Scottish Leaving Certificate Examination, 1951
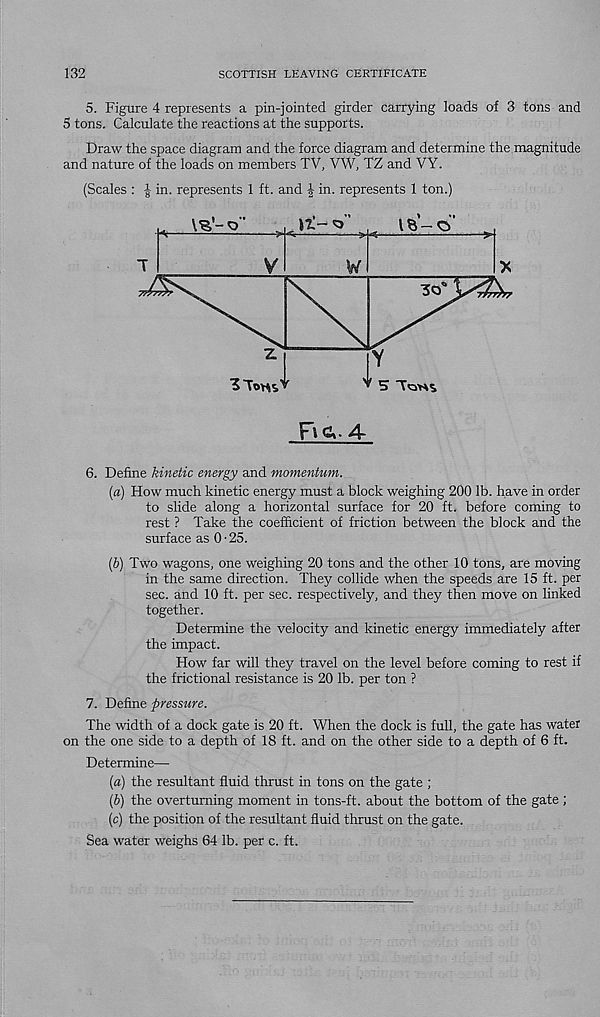
132
SCOTTISH LEAVING CERTIFICATE
5. Figure 4 represents a pin-jointed girder carrying loads of 3 tons and
5 tons. Calculate the reactions at the supports.
Draw the space diagram and the force diagram and determine the magnitude
and nature of the loads on members TV, VW, TZ and VY.
(Scales : ^ in. represents 1 ft. and | in. represents 1 ton.)
6. Define kinetic energy and momentum.
(a) How much kinetic energy must a block weighing 200 lb. have in order
to slide along a horizontal surface for 20 ft. before coming to
rest ? Take the coefficient of friction between the block and the
surface as 0-25.
(5) Two wagons, one weighing 20 tons and the other 10 tons, are moving
in the same direction. They collide when the speeds are 15 ft. per
sec. and 10 ft. per sec. respectively, and they then move on linked
together.
Determine the velocity and kinetic energy immediately after
the impact.
How far will they travel on the level before coming to rest if
the frictional resistance is 20 lb. per ton ?
7. Define ■pressure.
The width of a dock gate is 20 ft. When the dock is full, the gate has water
on the one side to a depth of 18 ft. and on the other side to a depth of 6 ft.
Determine—
[a) the resultant fluid thrust in tons on the gate ;
{V) the overturning moment in tons-ft. about the bottom of the gate ;
(c) the position of the resultant fluid thrust on the gate.
Sea water weighs 64 lb. per c. ft.